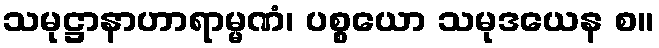
သမုဋ္ဌာနာဟာရာမ္မဏံ၊ ပစ္စယော သမုဒယေန စ။